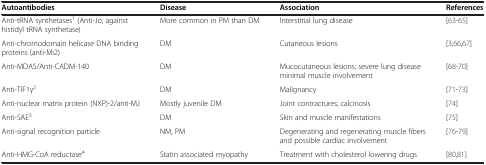
<table><thead><tr><td><b>Autoantibodies</b></td><td><b>Disease</b></td><td><b>Association</b></td><td><b>References</b></td></tr></thead><tbody><tr><td>Anti-tRNA synthetases<sup>1</sup> (Anti-Jo; against histidyl tRNA synthetase)</td><td>More common in PM than DM</td><td>Interstitial lung disease</td><td>[63-65]</td></tr><tr><td>Anti-chromodomain helicase DNA binding proteins (anti-Mi2)</td><td>DM</td><td>Cutaneous lesions</td><td>[3,66,67]</td></tr><tr><td>Anti-MDA5/Anti-CADM-140</td><td>DM</td><td>Mucocutaneous lesions; severe lung disease minimal muscle involvement</td><td>[68-70]</td></tr><tr><td>Anti-TIF1γ<sup>2</sup></td><td>DM</td><td>Malignancy</td><td>[71-73]</td></tr><tr><td>Anti-nuclear matrix protein (NXP)-2/anti-MJ</td><td>Mostly juvenile DM</td><td>Joint contractures; calcinosis</td><td>[74]</td></tr><tr><td>Anti-SAE<sup>3</sup></td><td>DM</td><td>Skin and muscle manifestations</td><td>[75]</td></tr><tr><td>Anti-signal recognition particle</td><td>NM, PM</td><td>Degenerating and regenerating muscle fibers and possible cardiac involvement</td><td>[76-79]</td></tr><tr><td>Anti-HMG-CoA reductase<sup>4</sup></td><td>Statin associated myopathy</td><td>Treatment with cholesterol lowering drugs</td><td>[80,81]</td></tr></tbody></table>